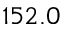
1 5 2 . 0